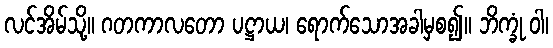
လင်အိမ်သို့။ ဂတကာလတော ပဋ္ဌာယ၊ ရောက်သောအခါမှစ၍။ ဘိက္ခုံ ဝါ၊